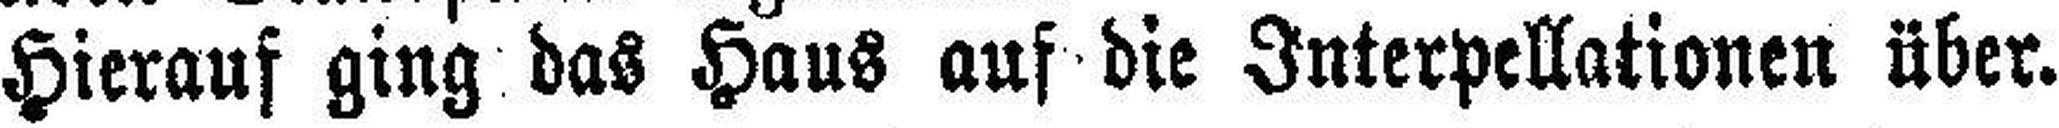
Hierauf ging das Haus auf die Interpellationen über.